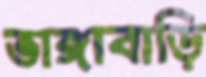
ভাঙ্গাবাড়ি